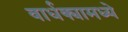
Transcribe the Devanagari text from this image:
वार्धक्यामध्ये